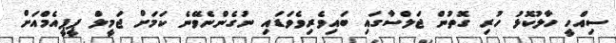
ސިއްހީ ހާލުކޮޅު ހުރި ގޮތުން ޖަލްސާގައި ބައިވެރިވެވަޑައި ނުގެންނެވޭނެ ކަމަށް ޖަމީލް ޕީޕީއެމްއަށް